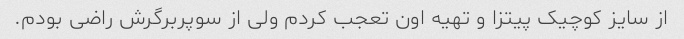
از سایز کوچیک پیتزا و تهیه اون تعجب کردم ولی از سوپربرگرش راضی بودم.